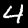
Digit: 4